Bréfritari: Klemens Björnsson
Viðtakandi: Jón Borgfirðings Jónsson
Dagsetning: A-1853-12-07
Skrifað á: Bjarteyjarsandi  Borg.

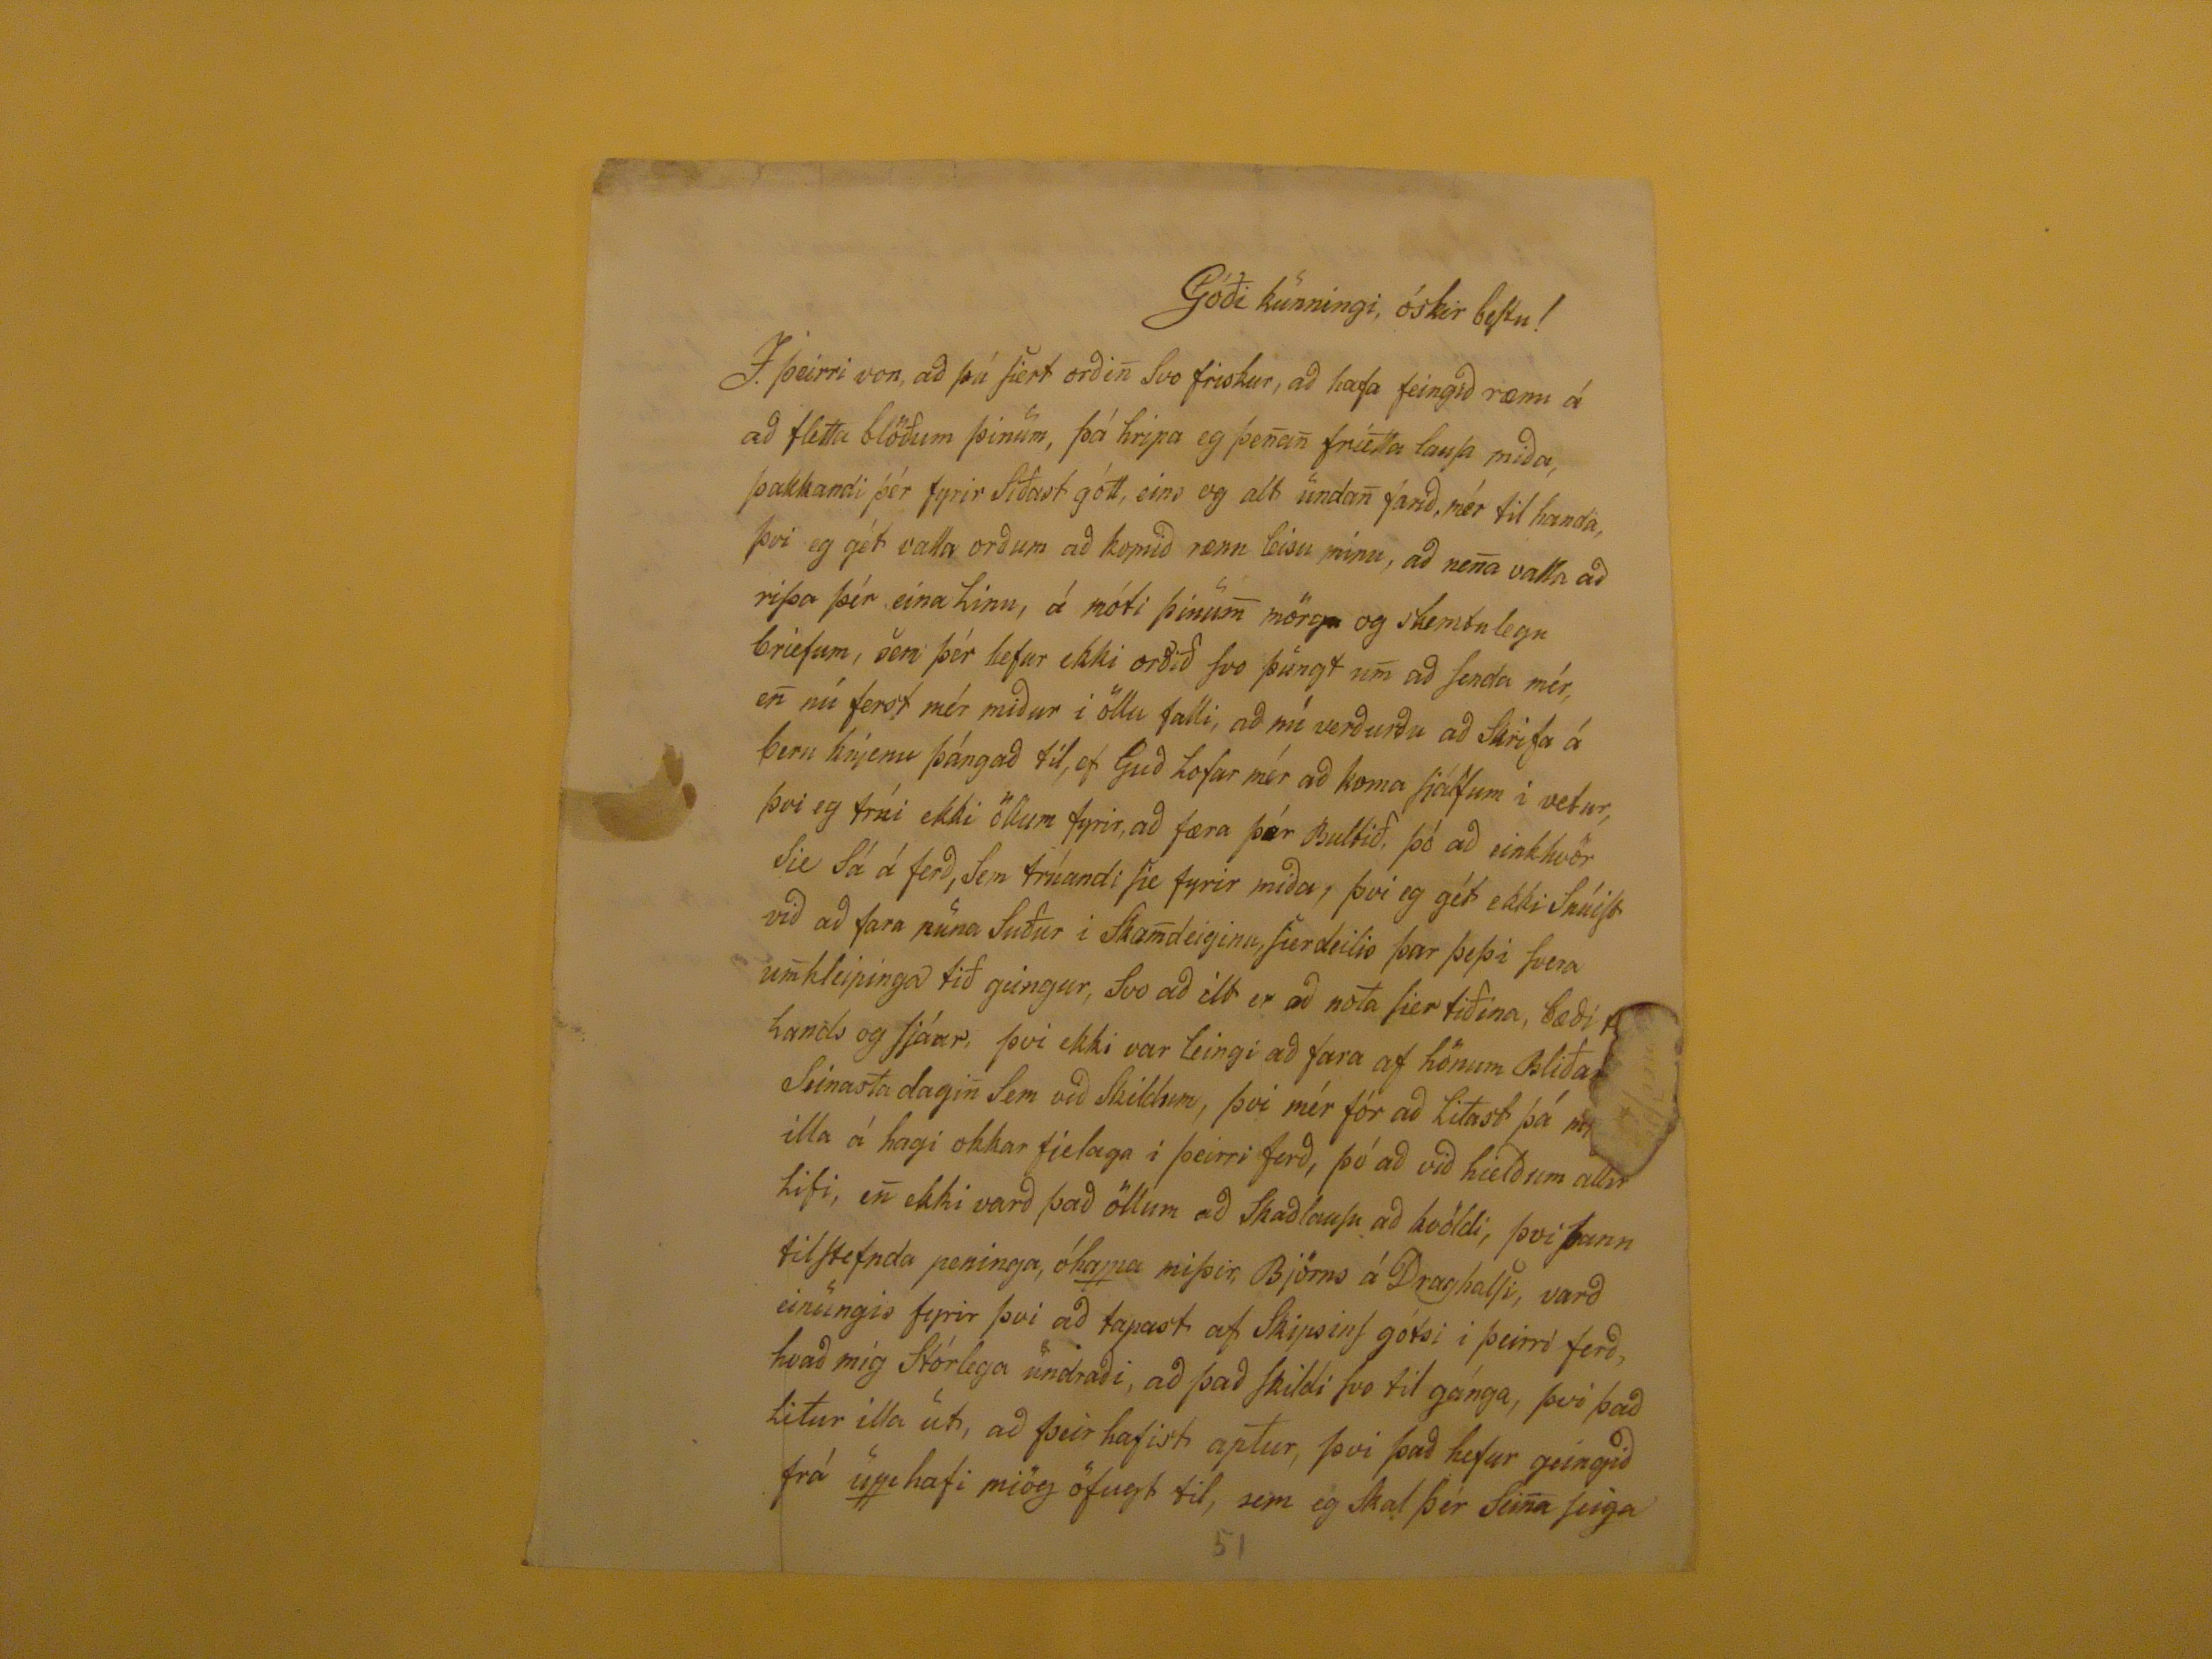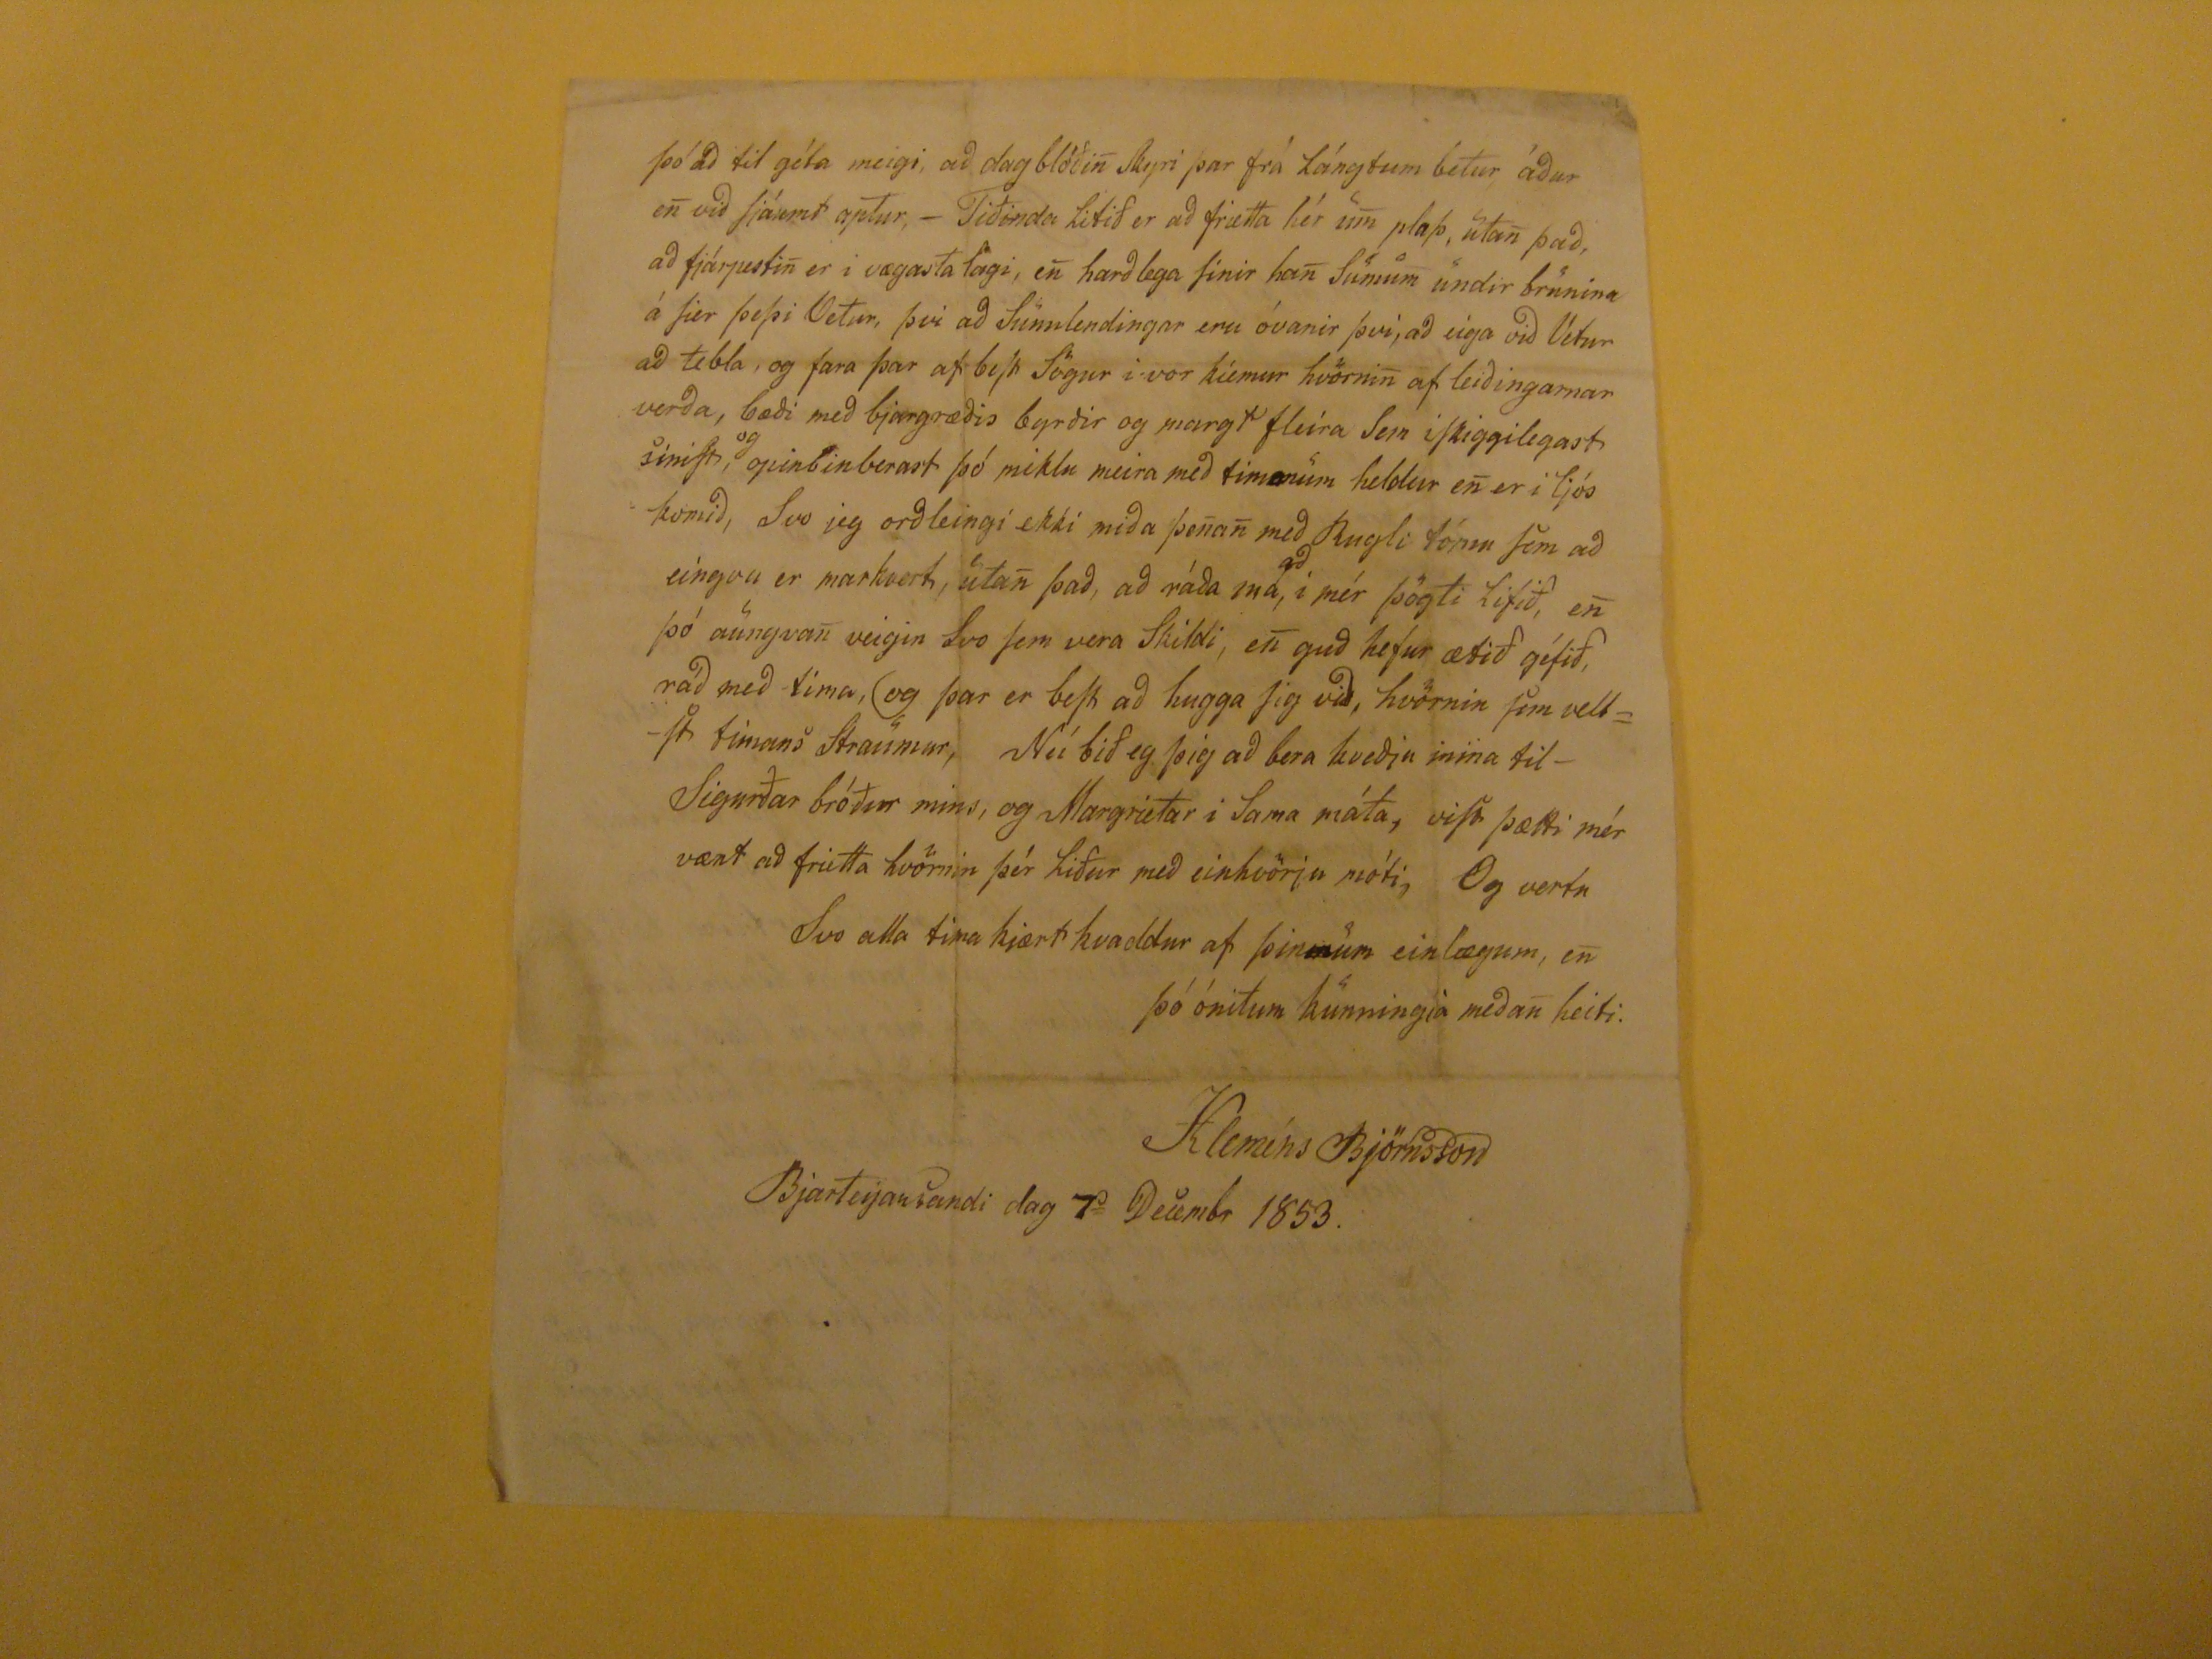

Góði kunningi, óskir bestu!
Í þeirri von, að þú siert orðin svo friskur, að hafa feingið rænu á að fletta blöðum þinum, þá hripa eg þenan frietta lausa miða, þakkandi þér fyrir siðast gótt, eins og alt undan farið, mér til handa, þvi eg gét valla orðum að komið rænu leisu minu, að nena valla að rissa þér eina linu, á móti þinum mörgu og skemtulegu briefum, sem þér hefur ekki orðið svo þungt um að senda mér, en nú ferst mér miður i öllu falli, að nú verðurðu að skrifa á beru hnjenu þángað til, ef Guð lofar mér að kom sjálfum í vetur, þvi eg trúi ekki öllum fyrir, að færa þér Bullið, þó að einhvör sie sá á ferð, sem trúandi sie fyrir miða, þvi eg gét ekki snúist við að fara núna suður i skamdeiginu, sierdeilis þar þessi
svera
umhleipinga tið geingur, svo að ilt er að nota sier tiðina, bæði
??
lands og sjáar, þvi ekki var leingi að fara af hönum
Bliða??
seinastadagin sem við skildum, því mér fór að litast þá
m??
illa á hagi okkar fielaga i þeirri ferð, þó að við hælðum allir lifi, en ekki varð það öllum að skaðlausu að kvöldi, þvi þann tilstefnda peninga, óhappa missir, Björns á Dragahalli, varð einungis fyrir þvi að tapast af skipsins gótsi i þeirri ferð, hvað mig stórlega undaði, að það skildi svo til gánga, þvi það litur illa út, að þeir hafist aptur, þvi það hefur geingið frá uppahfi mjög öfugt til, sem eg skal þér seina seiga
þó að til géta meigi, að dag blöðin skyri þar frá lángtum betur áður en við sjáumst aptur,- Tiðinda litið er að frietta hér um plass, utan það, að fjárpestin er i vægasta lagi, en harðlega sinir han sumum undir brunina á sier þessi VEtur, þvi að ssunnlendingar eru óvanir því, að eiga við Vetur að tebla, og fara þar af best sögur i vor kiemur hvörnin af leiðingarnar verða, bæði með bjargræðis byrðir og margt fleira sem iskiggilegast sinist,
og
opinberast þó miklu meira með timaum heldur en er i ljós komið, svo jeg orðleingi ekki miða þenan með Ruglitómu sem að eingvu er markvert, utan það, að ráða má, i mér þögti lifið, en þó aungvan veigin svo sem vera skildi, en guð hefur ætið géfið, ráð með tima, (og þar er best að hugga sig við, hvörnin sem veltst timans straumur, Nú bið eg þig að vera kveðju mina til Sigurðar bróður mins, og Margrietar i sama máta, vist þætti mér vænt um að frietta hvörnin þér liður með einhvörju móti, Og vertu svo alla tima kjært kvaddur af þinum einlægum, en þó ónitum kunningja meðan heiti.
Kleméns Björnsson
Bjarteyarsandi dag 7
d
Decembr 1853.